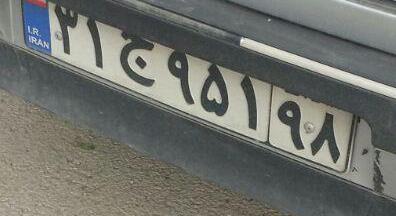
۳۱ج۹۵۱۹۸